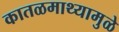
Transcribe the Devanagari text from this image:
कातळमाथ्यामुळे